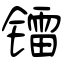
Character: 镭